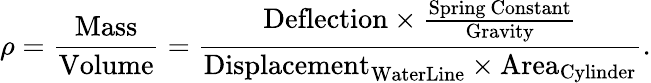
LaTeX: \rho={\frac{\mathrm{Mass}}{\mathrm{Volume}}}={\frac{{\mathrm{Deflection}}\times{\frac{\mathrm{Spring~Constant}}{\mathrm{Gravity}}}}{{\mathrm{Displacement}}_{\mathrm{WaterLine}}\times{\mathrm{Area}}_{\mathrm{Cylinder}}}}.